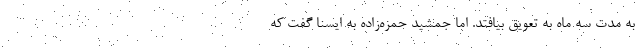
به مدت سه ماه به تعویق بیافتد. اما جمشید حمزه‌زاده به ایسنا گفت که